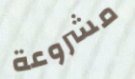
مشروعة